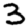
Digit: 3